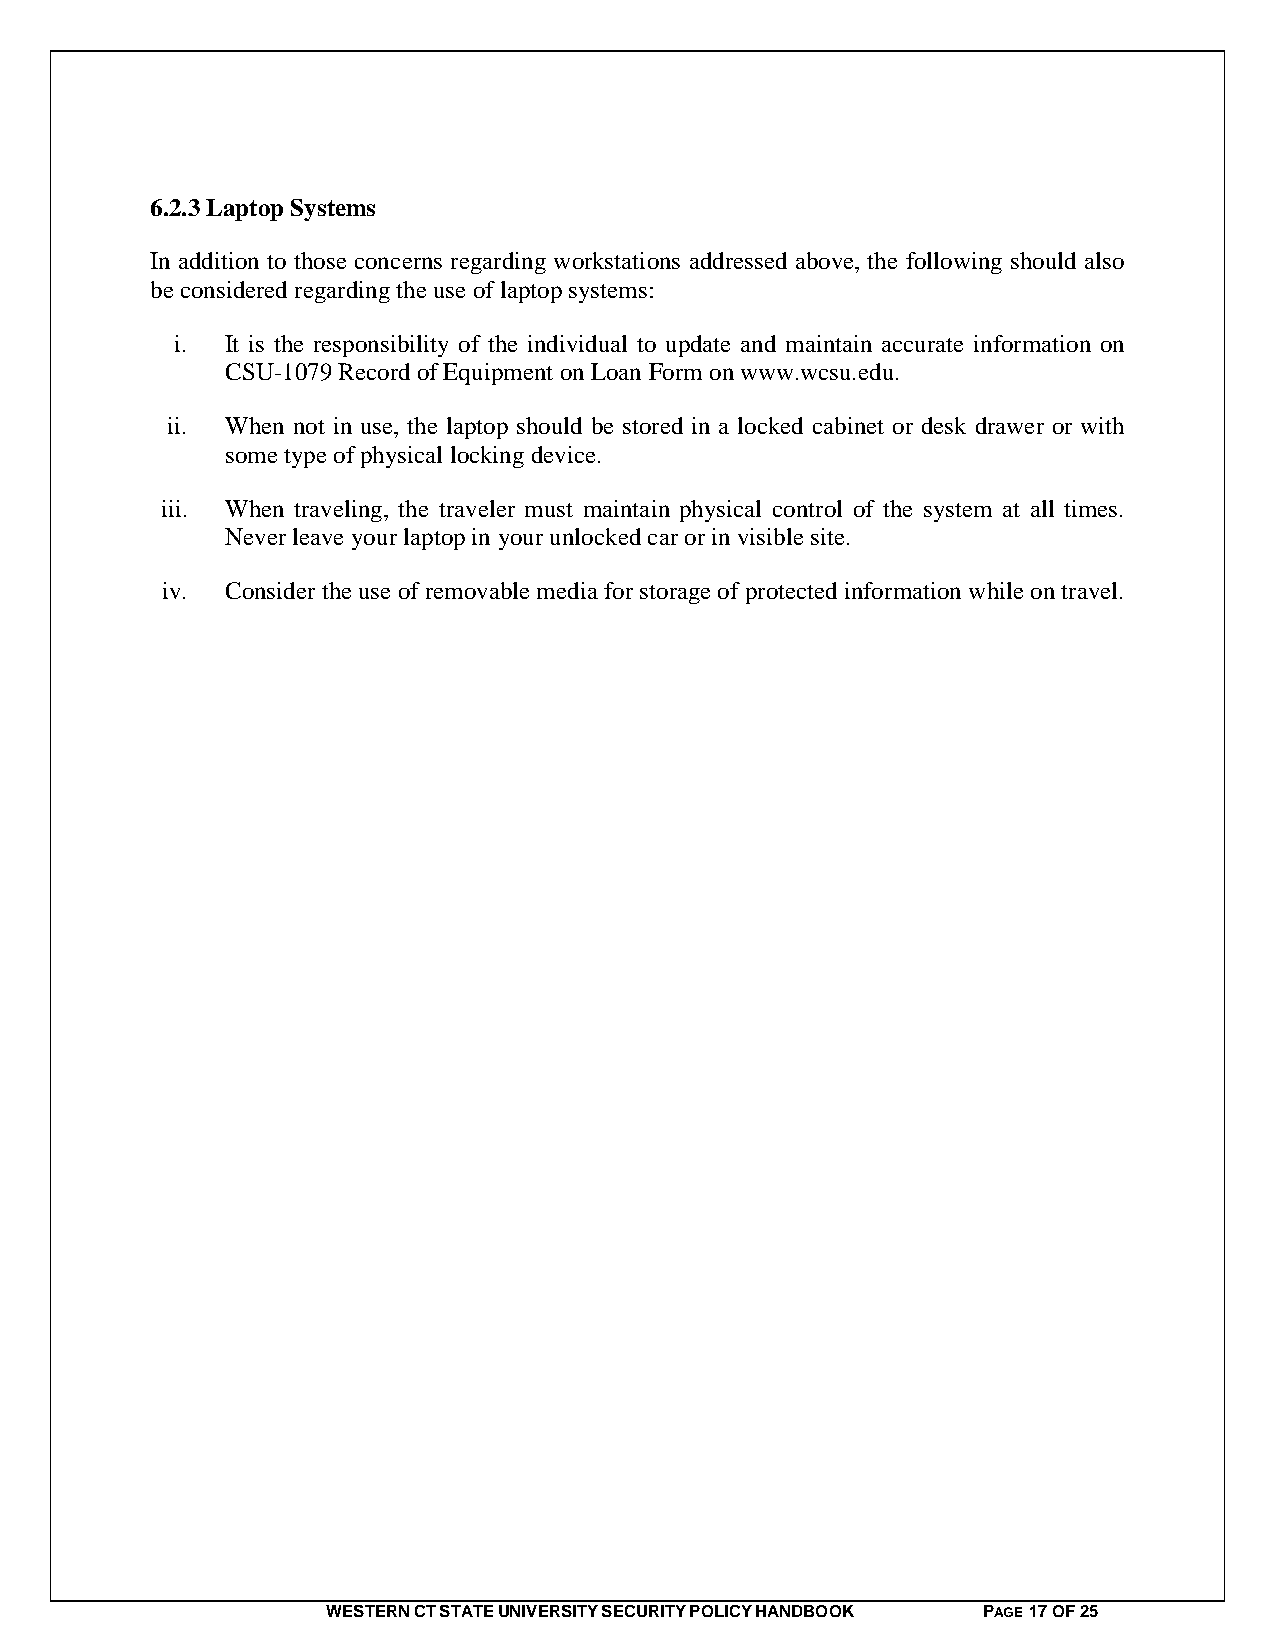
6.2.3 Laptop Systems
 In addition to those concerns regarding workstations addressed above, the following should also
 be considered regarding the use of laptop systems:
 i. It is the responsibility of the individual to update and maintain accurate information on
 CSU-1079 Record of Equipment on Loan Form on www.wcsu.edu.
 ii. When not in use, the laptop should be stored in a locked cabinet or desk drawer or with
 some type of physical locking device.
 iii. When traveling, the traveler must maintain physical control of the system at all times.
 Never leave your laptop in your unlocked car or in visible site.
 iv. Consider the use of removable media for storage of protected information while on travel.
 WESTERN CT STATE UNIVERSITY SECURITY POLICY HANDBOOK PAGE 17 OF 25